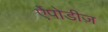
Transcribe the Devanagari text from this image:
ऐंपोडीज़